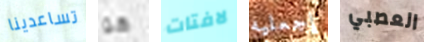
تساعدينا هو لافتات إجعليه العصبي